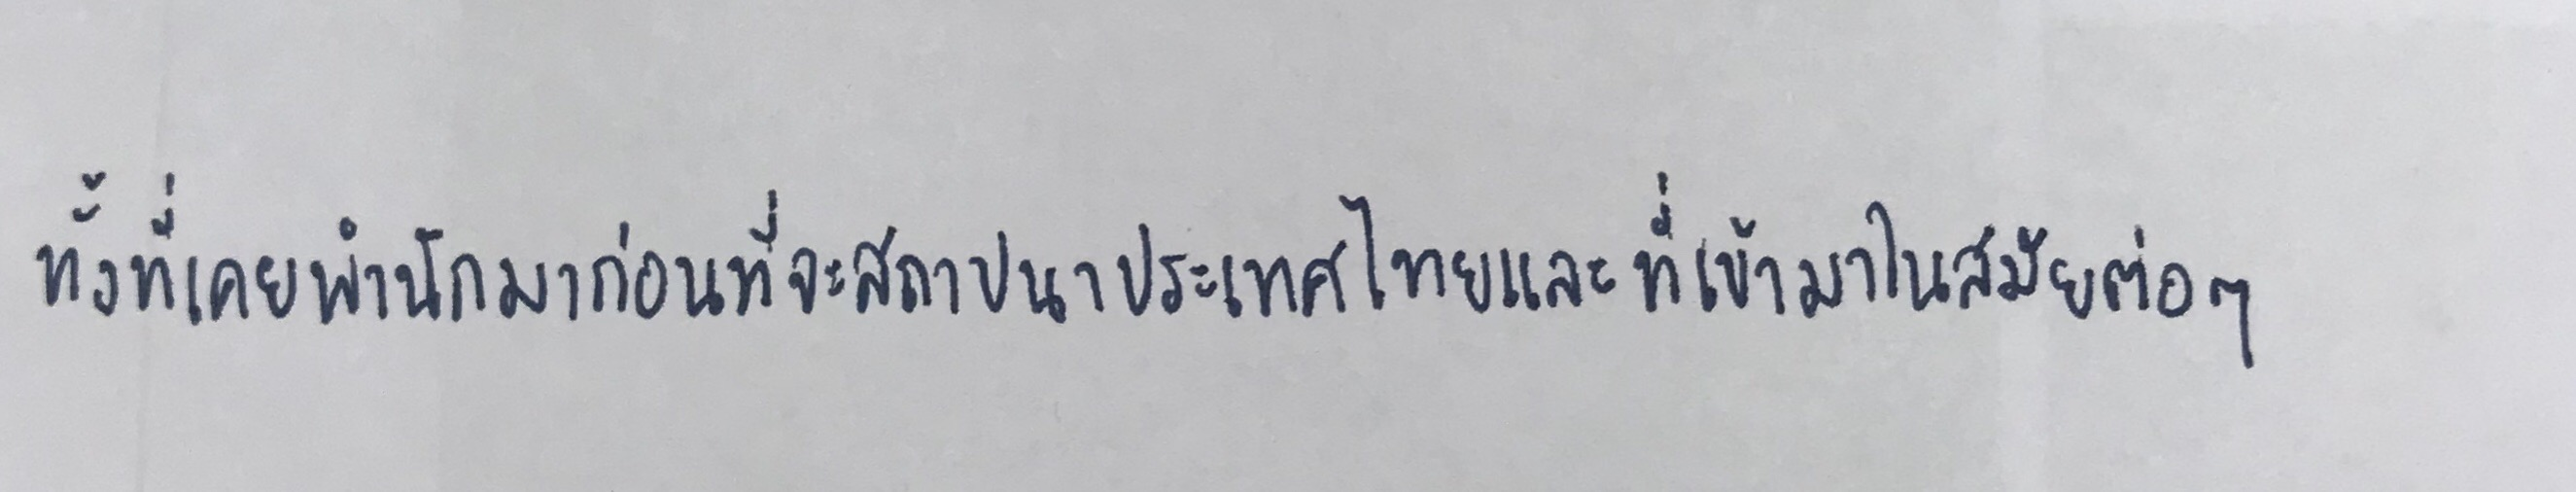
ทั้งที่เคยพำนักมาก่อนที่จะสถาปนาประเทศไทยและที่เข้ามาในสมัยต่อๆ